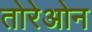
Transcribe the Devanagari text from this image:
तोरेओन